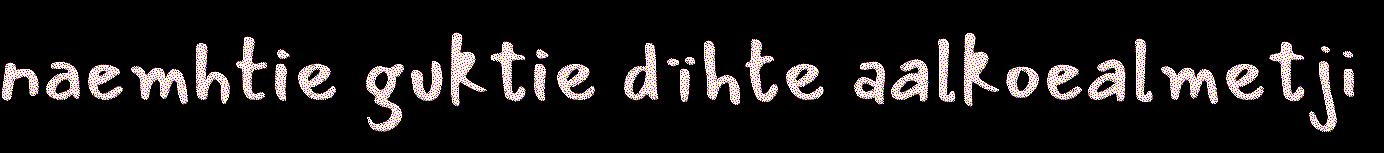
naemhtie guktie dïhte aalkoealmetji